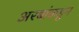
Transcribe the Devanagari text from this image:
अरबांकडून